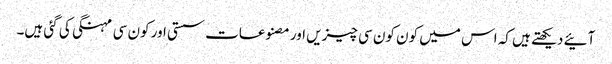
آئیے دیکھتے ہیں کہ اس میں کون کون سی چیزیں اور مصنوعات سستی اور کون سی مہنگی کی گئی ہیں۔